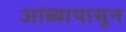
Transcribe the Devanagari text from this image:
आंब्यापासून